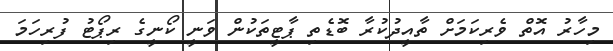
މިހާރު އޮތް ވެރިކަމަށް ތާއީދުކުރާ ބޮޑެތި ޕާޓީތަކުން ވަނީ ކޯނީގެ ރިޕޯޓު ފުރިހަމަ